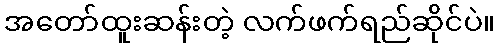
အတော်ထူးဆန်းတဲ့ လက်ဖက်ရည်ဆိုင်ပဲ။